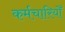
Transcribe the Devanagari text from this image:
कर्मचारियोँ